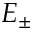
E _ { \pm }